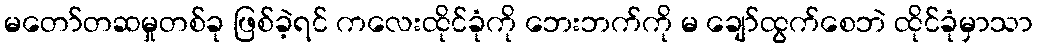
မတော်တဆမှုတစ်ခု ဖြစ်ခဲ့ရင် ကလေးထိုင်ခုံကို ဘေးဘက်ကို မ ချော်ထွက်စေဘဲ ထိုင်ခုံမှာသာ